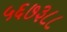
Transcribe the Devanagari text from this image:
५६७३८८